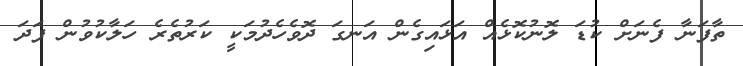
ތާފަނާ ފެނަށް ކުޑަ ލޮނުކޮޅެއް އަޅައިގެން އަނގަ ދޮވެހެދުމަކީ ކަރުތެރެ ހަލާކުވުން ފަދަ